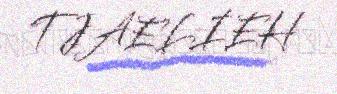
TJAELIEH